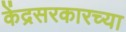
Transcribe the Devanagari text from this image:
केंद्रसरकारच्या